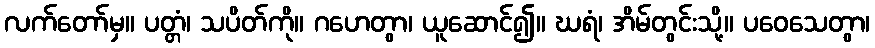
လက်တော်မှ။ ပတ္တံ၊ သပိတ်ကို။ ဂဟေတွာ၊ ယူဆောင်၍။ ဃရံ၊ အိမ်တွင်းသို့။ ပဝေသေတွာ၊